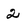
Character: 2